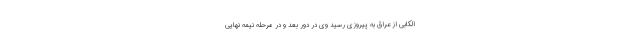
الکابی از عراق به پیروزی رسید وی در دور بعد و در مرحله نیمه نهایی